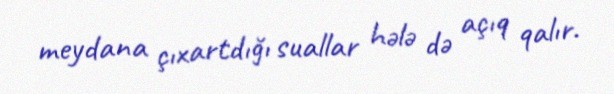
meydana çıxartdığı suallar hələ də açıq qalır.